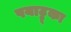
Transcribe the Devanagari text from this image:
पयाट्टूका